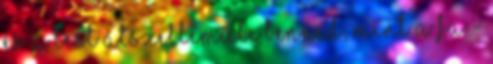
És a test átszelleműle benned, Mint a fa -